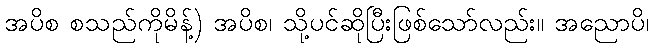
အပိစ စသည်ကိုမိန့်) အပိစ၊ သို့ပင်ဆိုပြီးဖြစ်သော်လည်း။ အညောပိ၊